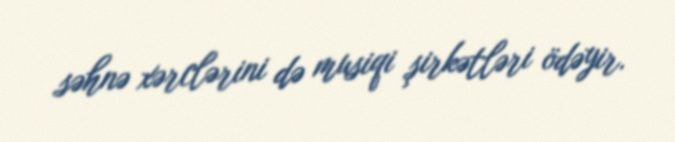
səhnə xərclərini də musiqi şirkətləri ödəyir.